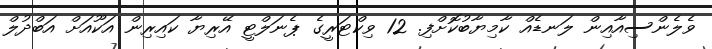
ވެލެންސިއާއިން ލަނޑެއް ކާމިޔާބުކޮށްފި. 12 ވިކްޓަރީގެ ޕެނަލްޓީ އޭރިޔާ ކައިރިން އަކޫއަށް އަބްދުލް